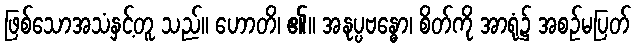
ဖြစ်သောအသံနှင့်တူ သည်။ ဟောတိ၊ ၏။ အနုပ္ပဗန္ဓော၊ စိတ်ကို အာရုံ၌ အစဉ်မပြတ်